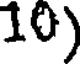
10)